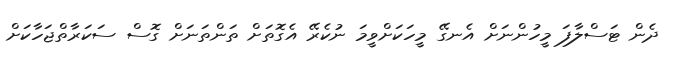
ދެން ޓަސްލާފަ މީހުންނަށް އެނގޭ މީހަކަށްވީމަ ނުކެރޭ އެގޮތަށް ތަންތަނަށް ގޮސް ސަކަރާތްޖަހާކަށް